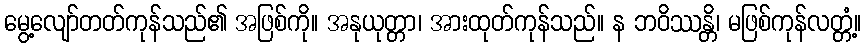
မွေ့လျော်တတ်ကုန်သည်၏ အဖြစ်ကို။ အနုယုတ္တာ၊ အားထုတ်ကုန်သည်။ န ဘဝိဿန္တိ၊ မဖြစ်ကုန်လတ္တံ့။